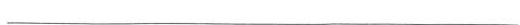
___